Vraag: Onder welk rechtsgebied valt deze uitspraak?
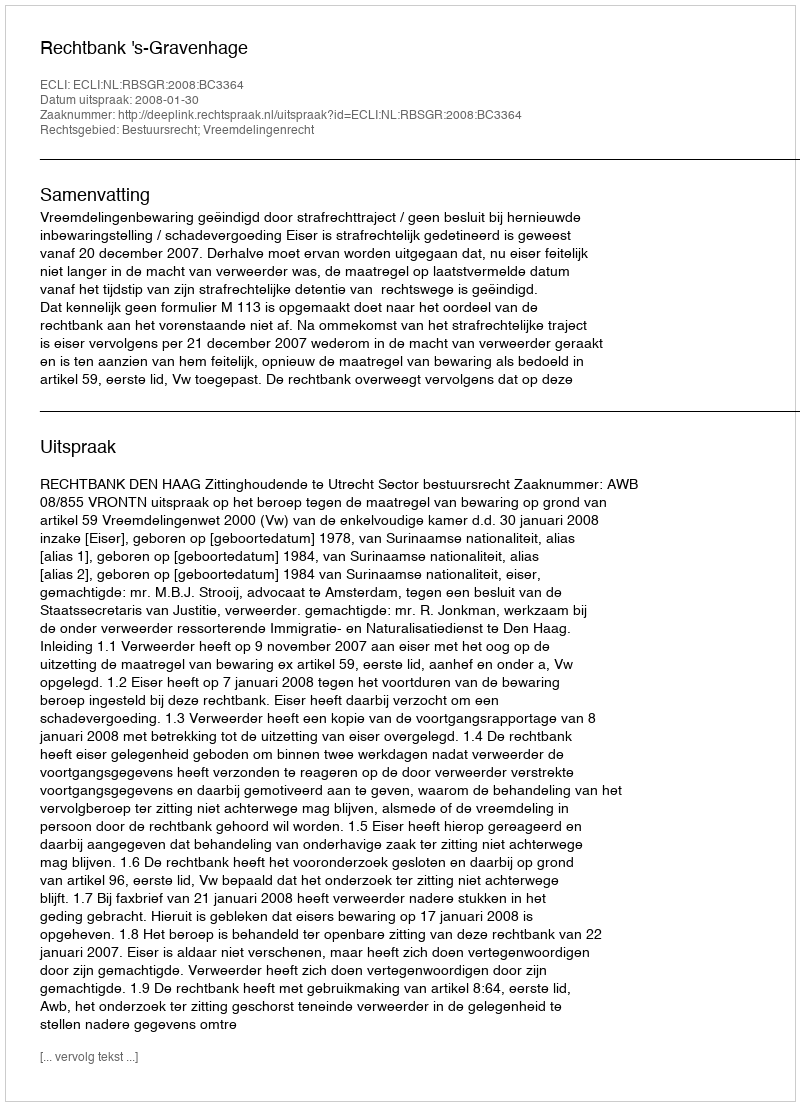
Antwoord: Bestuursrecht; Vreemdelingenrecht